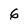
Character: 6